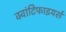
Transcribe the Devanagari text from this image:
क्वांटिफाइयर्स